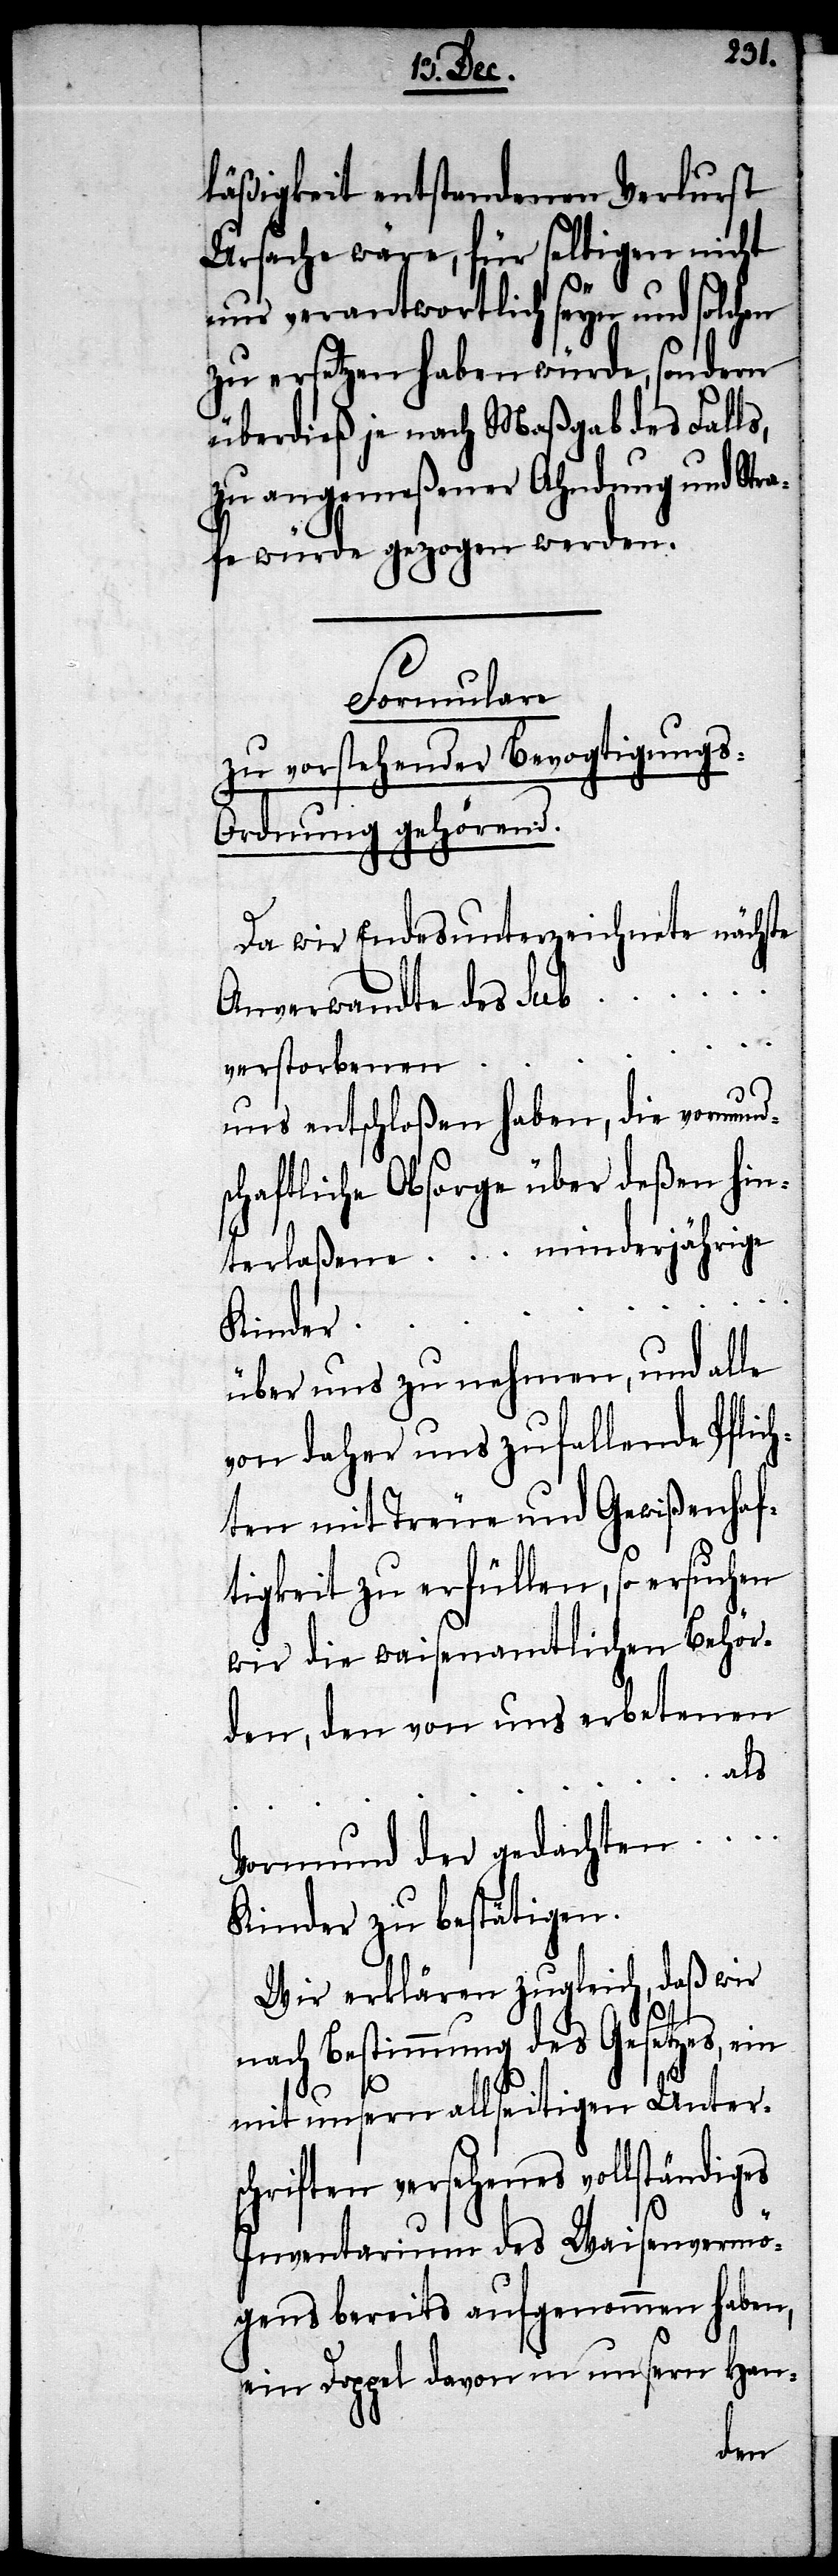
läßigkeit entstandenen Verlurst
Ursache wäre, für selbigen nicht
nur verantwortlich seyn und solchen
zu ersetzen haben würde, sondern
überdieß je nach Maßgab des Falls,
zu angemeßener Ahndung und Str¬
afe würde gezogen werden.
Formulare
zu vorstehender Bevogtigungs-O¬
rdnung gehörend.
Da wir Endes unterzeichnete nächste
Anverwandte des sub…
verstorbenen…
uns entschloßen haben, die vormund¬
schaftliche Obsorge über deßen hin¬
terlaßene … minderjährige
Kinder…
über uns zu nehmen, und alle
von daher uns zufallende Pflic¬
hten mit Treue und Gewißenhaf¬
tigkeit zu erfüllen, so ersuchen
wir die waisenamtlichen Behör¬
den, den von uns erbetenen
als
Vormund der gedachten…
Kinder zu bestätigen.
Wir erklären zugleich, daß wir
nach Bestimmung des Gesetzes, ein
mit unsern allseitigen Unter¬
schriften versehenes vollständiges
Inventarium des Waisenvermö¬
gens bereits aufgenommen haben,
ein Doppel davon in unsern Han-